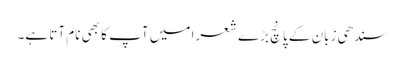
سندھی زبان کے پانچ بڑے شعرا میں آپ کا بھی نام آتا ہے۔